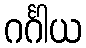
ဂင်္ဂါယ